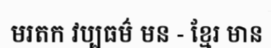
មរតក វប្បធម៌ មន - ខ្មែរ មាន